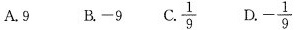
A. 9 B.-9 C. $$\frac{1}{9}$$ D. $$- \frac{1}{9}$$